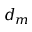
d _ { m }